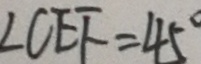
\angle C E F = 4 5 ^ { \circ }